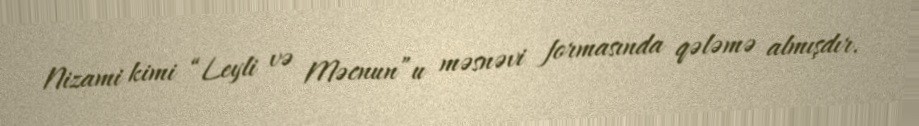
Nizami kimi “Leyli və Məcnun”u məsnəvi formasında qələmə almışdır.